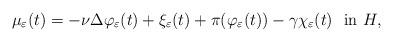
LaTeX: \begin{align*} \mu_{\varepsilon}(t)= - \nu \Delta \varphi_{\varepsilon}(t) + \xi_{\varepsilon}(t) + \pi(\varphi_{\varepsilon}(t)) - \gamma \chi_{\varepsilon}(t) \ \ \textrm{in $H$,} \end{align*}